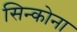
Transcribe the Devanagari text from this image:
सिन्कोना